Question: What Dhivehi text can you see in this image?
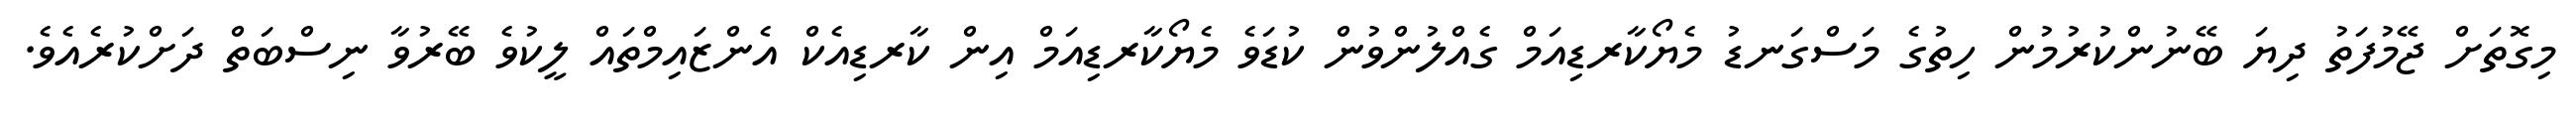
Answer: މިގޮތަށް ޖޭމުފަތު ދިޔަ ބޭނުންކުރުމުން ހިތުގެ މަސްގަނޑު މެޔޯކާރޑިއަމް ގެއްލުންވުން ކުޑަވެ މެޔޯކާރޑިއަމް އިން ކާރޑިއެކް އެންޒައިމްތައް ލީކުވެ ބޭރުވާ ނިސްބަތް ދަށްކުރެއެވެ.